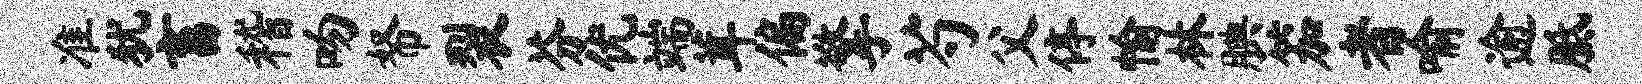
准犹畜稽吻帑裂芬优端茸偏擎芍父停愉林腆笳者喻逾胝